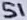
Text: S1